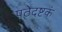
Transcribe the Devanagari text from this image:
पठेदष्टकं